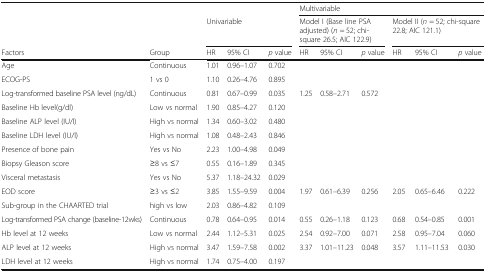
<table><thead><tr><td></td><td></td><td></td><td></td><td></td><td colspan="6"><b>Multivariable</b></td></tr><tr><td></td><td></td><td colspan="3"><b>Univariable</b></td><td colspan="3"><b>Model I (Base line PSA adjusted) (<i>n</i> = 52; chi-square 26.5; AIC 122.9)</b></td><td colspan="3"><b>Model II (<i>n</i> = 52; chi-square 22.8; AIC 121.1)</b></td></tr><tr><td><b>Factors</b></td><td><b>Group</b></td><td><b>HR</b></td><td><b>95% CI</b></td><td><b><i>p</i> value</b></td><td><b>HR</b></td><td><b>95% CI</b></td><td><b><i>p</i> value</b></td><td><b>HR</b></td><td><b>95% CI</b></td><td><b><i>p</i> value</b></td></tr></thead><tbody><tr><td>Age</td><td>Continuous</td><td>1.01</td><td>0.96–1.07</td><td>0.702</td><td></td><td></td><td></td><td></td><td></td><td></td></tr><tr><td>ECOG-PS</td><td>1 vs 0</td><td>1.10</td><td>0.26–4.76</td><td>0.895</td><td></td><td></td><td></td><td></td><td></td><td></td></tr><tr><td>Log-transformed baseline PSA level (ng/dL)</td><td>Continuous</td><td>0.81</td><td>0.67–0.99</td><td>0.035</td><td>1.25</td><td>0.58–2.71</td><td>0.572</td><td></td><td></td><td></td></tr><tr><td>Baseline Hb level(g/dl)</td><td>Low vs normal</td><td>1.90</td><td>0.85–4.27</td><td>0.120</td><td></td><td></td><td></td><td></td><td></td><td></td></tr><tr><td>Baseline ALP level (IU/l)</td><td>High vs normal</td><td>1.34</td><td>0.60–3.02</td><td>0.480</td><td></td><td></td><td></td><td></td><td></td><td></td></tr><tr><td>Baseline LDH level (IU/l)</td><td>High vs normal</td><td>1.08</td><td>0.48–2.43</td><td>0.846</td><td></td><td></td><td></td><td></td><td></td><td></td></tr><tr><td>Presence of bone pain</td><td>Yes vs No</td><td>2.23</td><td>1.00–4.98</td><td>0.049</td><td></td><td></td><td></td><td></td><td></td><td></td></tr><tr><td>Biopsy Gleason score</td><td>≥8 vs ≤7</td><td>0.55</td><td>0.16–1.89</td><td>0.345</td><td></td><td></td><td></td><td></td><td></td><td></td></tr><tr><td>Visceral metastasis</td><td>Yes vs No</td><td>5.37</td><td>1.18–24.32</td><td>0.029</td><td></td><td></td><td></td><td></td><td></td><td></td></tr><tr><td>EOD score</td><td>≥3 vs ≤2</td><td>3.85</td><td>1.55–9.59</td><td>0.004</td><td>1.97</td><td>0.61–6.39</td><td>0.256</td><td>2.05</td><td>0.65–6.46</td><td>0.222</td></tr><tr><td>Sub-group in the CHAARTED trial</td><td>high vs low</td><td>2.03</td><td>0.86–4.82</td><td>0.109</td><td></td><td></td><td></td><td></td><td></td><td></td></tr><tr><td>Log-transformed PSA change (baseline-12wks)</td><td>Continuous</td><td>0.78</td><td>0.64–0.95</td><td>0.014</td><td>0.55</td><td>0.26–1.18</td><td>0.123</td><td>0.68</td><td>0.54–0.85</td><td>0.001</td></tr><tr><td>Hb level at 12 weeks</td><td>Low vs normal</td><td>2.44</td><td>1.12–5.31</td><td>0.025</td><td>2.54</td><td>0.92–7.00</td><td>0.071</td><td>2.58</td><td>0.95–7.04</td><td>0.060</td></tr><tr><td>ALP level at 12 weeks</td><td>High vs normal</td><td>3.47</td><td>1.59–7.58</td><td>0.002</td><td>3.37</td><td>1.01–11.23</td><td>0.048</td><td>3.57</td><td>1.11–11.53</td><td>0.030</td></tr><tr><td>LDH level at 12 weeks</td><td>High vs normal</td><td>1.74</td><td>0.75–4.00</td><td>0.197</td><td></td><td></td><td></td><td></td><td></td><td></td></tr></tbody></table>